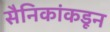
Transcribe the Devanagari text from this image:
सैनिकांकडून